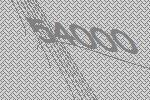
54000